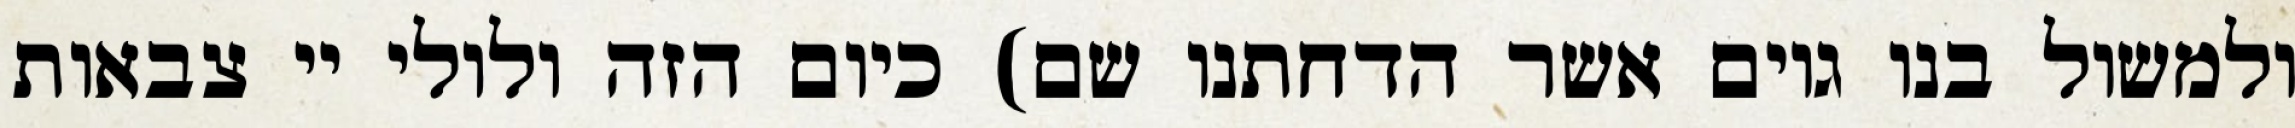
ולמשול בנו גוים אשר הדחתנו שם) כיום הזה ולולי יי צבאות